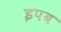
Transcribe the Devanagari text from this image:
इपब